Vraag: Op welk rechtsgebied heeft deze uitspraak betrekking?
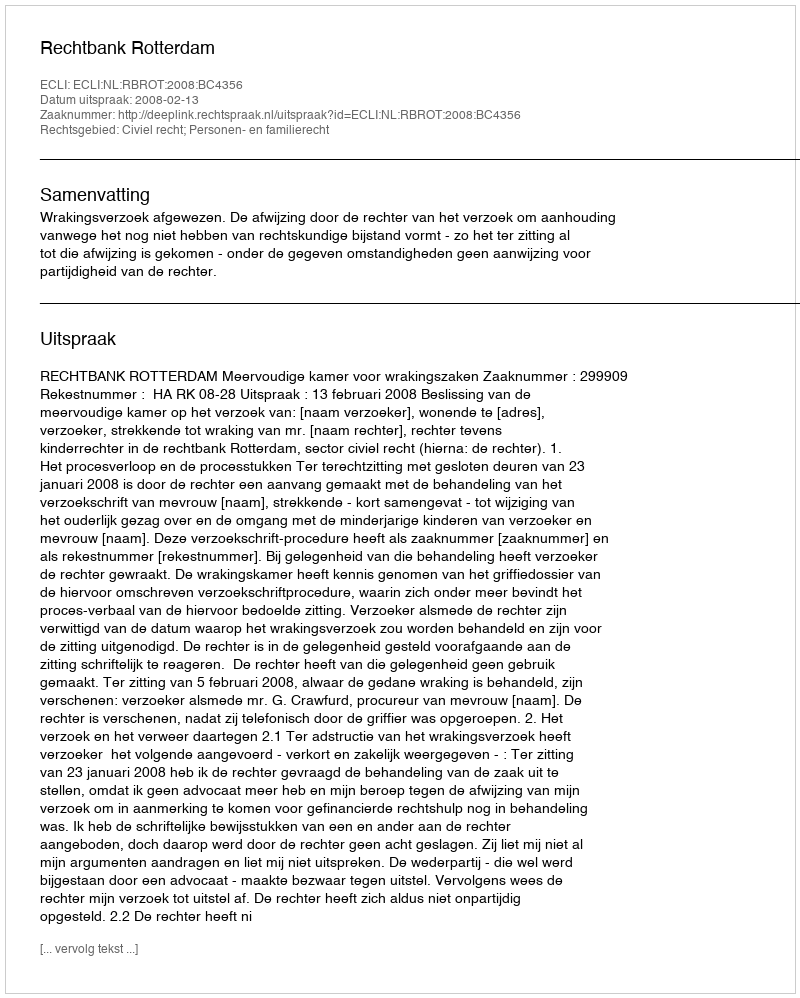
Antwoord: Civiel recht; Personen- en familierecht